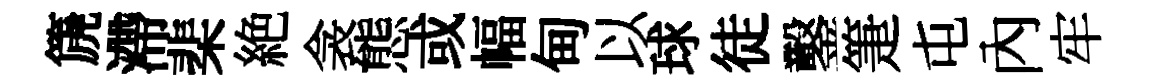
篪滯棐絶衾態或幅甸以球徒鑿箑屯內牢